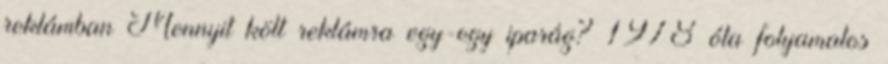
reklámban Mennyit költ reklámra egy-egy iparág? 1978 óta folyamatos